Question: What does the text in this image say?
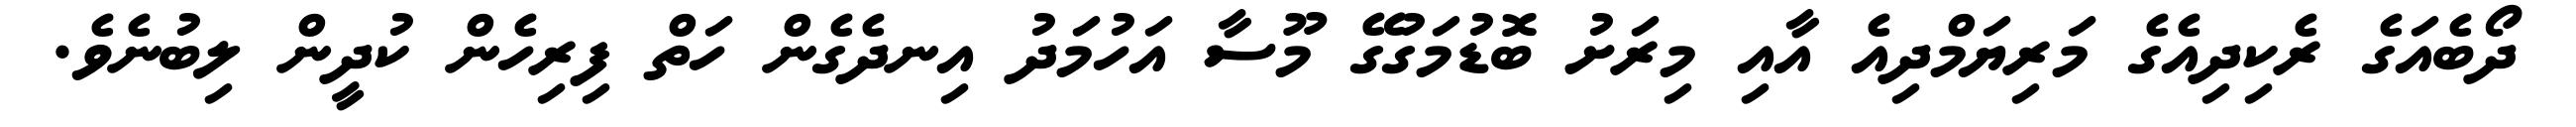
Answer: ދޯބެއަގެ ރެކިދިއެގެ މަރިޔަމްދިއެ އާއި މިރަށު ބޮޑުމަގުގޭ މޫސާ އަހުމަދު އިނދެގެން ހަތް ފިރިހެން ކުދީން ލިބުނެވެ.